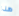
هذا